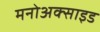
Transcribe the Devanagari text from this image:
मनोअक्‍साइड